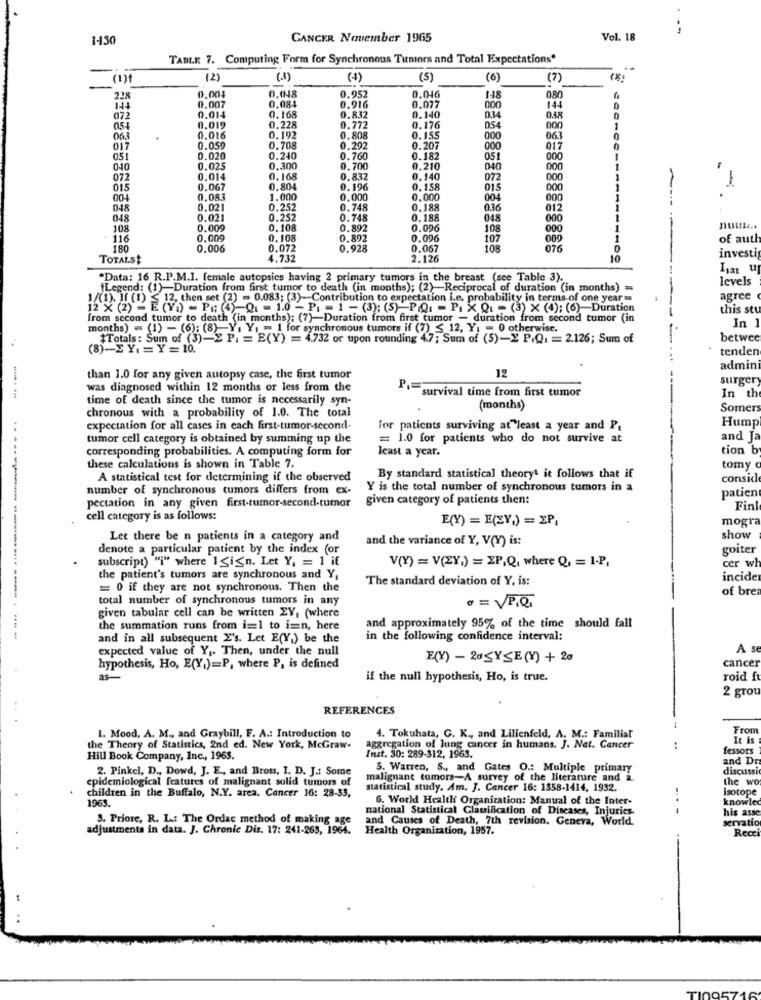
--
1-430
CANCER November 1965
Vol. 18
TABLE 7. Computing Form for Synchronous Timiors and Total Expectations'
(2)
(.3)
(4)
(5)
(6)
(7 )
0.952
2.28
0.004
0.048
0.046
148
0,80
0.007
0.084
0.916
0.077
000
144
072
0.014
0.168
0.832
0.140
0.34
0.38
0.019
0.228
0.772
0.176
054
000
1
063
0.016
0.192
0.808
0.155
000
06
0
017
0.059
0.708
0.292
0.207
000
017
051
0.020
0.240
0.760
0.182
051
000
040
0.025
0,300
0.700
0.210
040
000
072
0.014
0.168
0.832
0.140
072
000
J.
015
0.067
0.804
0.196
0.158
015
000
004
0.083
1.000
0.000
0.000
004
000
048
8FO
0.021
0.252
0.748
0.188
0.36
012
1
0.021
0.252
0.748
0.188
048
000
108
0.009
0.108
0.892
0.096
108
000
1
116
0,009
0.108
0.892
0.096
107
009
1
of auth
180
0.006
0.072
0.928
0.067
108
076
TOTALSE
4.732
2.126
10
investi
"Data: 16 R.P.M.1. female autopsies having 2 primary tumors in the breast (sce Table 3).
levels
Legend: (1)-Duration from first tumor to death (in months); (2) Reciprocal of duration (in months) =
S 12, then set (2) = 0.083; (3)-Contribution to expectation i.e. probability in terms of one year -
agree
1422 ES - PRO-Q = 10 -PI = 1 -(3); (5) PQ - PIX Q -(3) ×(4); (6)-Duration
this stu
from second tumor to death (in months); (7)-Duration from first tumor - duration from second tumor (in
In 1
months) = (1) - (6): (8)- Y. Y. = 1 for synchronous tumors if (7) ≤ 12, Y = 0 otherwise.
#Totals: Sum of (3)-X Pi = E(Y) = 4.732 or upon rounding 4.7; Sum of (5)-X P.Q. = 2.126; Sum of
betwee
(8)-EY. = Y=10.
tenden
12
admini
than 1.0 for any given autopsy case, the first tumor
surgery
was diagnosed within 12 months or less from the
P= survival time from first tumor
time of death since the tumor is necessarily syn-
In the
chronous with a probability of 1.0. The total
(months)
Somers
Hump
expectation for all cases in each first-tumor-second.
for patients surviving at"least a year and P.
tumor cell category is obtained by summing up the
= 1.0 for patients who do not survive at
and Ja
corresponding probabilities. A computing form for
least a year.
tion b
these calculations is shown in Table 7.
By standard statistical theory' it follows that if
tomy
A statistical test for determining if the observed
consid
number of synchronous tumors differs from ex-
Y is the total number of synchronous tumors in a
patien
given category of patients then:
pectation in any given first-tumor-second-tumor
Finl
cell category is as follows:
E(Y) = E(CY.) = EP,
mogra
Let there be n patients in a category and
and the variance of Y, V(Y) is:
show
denote a particular patient by the index (or
goiter
subscript) "i" where ISign. Let Y, = 1' if
V(Y) = V(ZY.) = XP,Q, where Q, = 1-P.
cer wh
the patient's tumors are synchronous and Y,
The standard deviation of Y, is:
incide
= 0 if they are not synchronous. Then the
of brea
total number of synchronous tumors in any
· = VP,Q.
given tabular cell can be written ZY, (where
the summation runs from i=1 to i=n, here
and approximately 95% of the time should fall
.------------------ - -- -
and in all subsequent X's. Let E(Y,) be the
in the following confidence interval:
expected value of Y ,. Then, under the null
A se
E(Y) - 20SYSE (Y) + 20
cancer
hypothesis, Ho, E(Y,)=P, where P, is defined
as-
if the null hypothesis, Ho, is true.
roid f
2 grot
REFERENCES
From
1. Mood, A. M ., and Graybill, F. A .: Introduction to
4. Tokuhata, G. K ., and Lilienfeld, A. M .: Familiar
It is
the Theory of Statistics, 2nd ed. New York, McGraw-
aggregation of lung cancer in humans. J. Nat. Cancer
..
fessors
Hill Book Company, Inc ., 1963.
Inst. 30: 289-312, 1963.
and D
2. Pinkel, D ., Dowd, J. E ., and Bross, I. D. J .: Some
5. Warren, S ., and Gates O .: Multiple primary
discussi
epidemiological features of malignant solid tumors of
malignant tumors-A survey of the literature and a.
the wo
statistical study. Am. J. Cancer 16: 1358-1414, 1932.
isotope
children in the Buffalo, N.Y. area. Cancer 16: 28-33,
1963.
6. World Health Organization: Manual of the Inter-
knowled
national Statistical Classification of Diseases, Injurics-
his asse
3. Priore, R. L .: The Ordac method of making age
and Causes of Death, 7th revision. Geneva, World
servation
adjustments in data. J. Chronic Dis. 17: 241-263, 1964.
Health Organization, 1957.
Recei